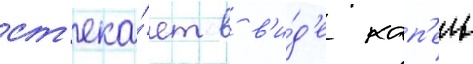
ст'ека́ет в в'и́д'е кап'ель